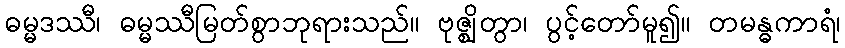
ဓမ္မဒဿီ၊ ဓမ္မဿီမြတ်စွာဘုရားသည်။ ဗုဇ္ဈိတွာ၊ ပွင့်တော်မူ၍။ တမန္ဓကာရံ၊